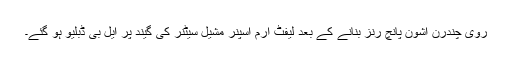
روی چندرن اشون پانچ رنز بنانے کے بعد لیفٹ آرم اسپنر مشیل سیٹنر کی گیند پر ایل بی ڈبلیو ہو گئے۔